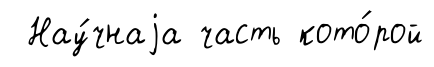
Нау́чнаjа часть кото́рой